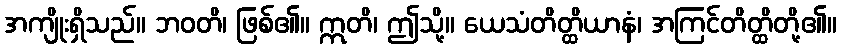
အကျိုးရှိသည်။ ဘဝတိ၊ ဖြစ်၏။ ဣတိ၊ ဤသို့။ ယေသံတိတ္ထိယာနံ၊ အကြင်တိတ္ထိတို့၏။